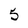
Character: 5